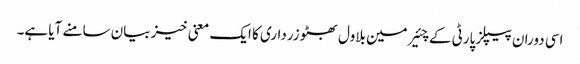
اسی دوران پیپلز پارٹی کے چئیرمین بلاول بھٹو زرداری کا ایک معنی خیز بیان سامنے آیا ہے۔